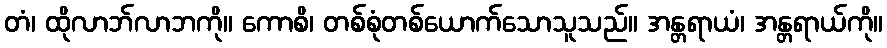
တံ၊ ထိုလာဘ်လာဘကို။ ကောစိ၊ တစ်စုံတစ်ယောက်သောသူသည်။ အန္တရာယံ၊ အန္တရာယ်ကို။